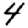
Digit: 4